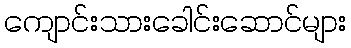
ကျောင်းသားခေါင်းဆောင်များ